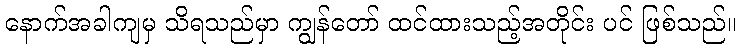
နောက်အခါကျမှ သိရသည်မှာ ကျွန်တော် ထင်ထားသည့်အတိုင်း ပင် ဖြစ်သည်။